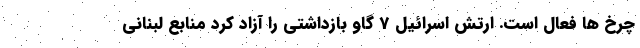
چرخ ها فعال است. ارتش اسرائیل 7 گاو بازداشتی را آزاد کرد منابع لبنانی